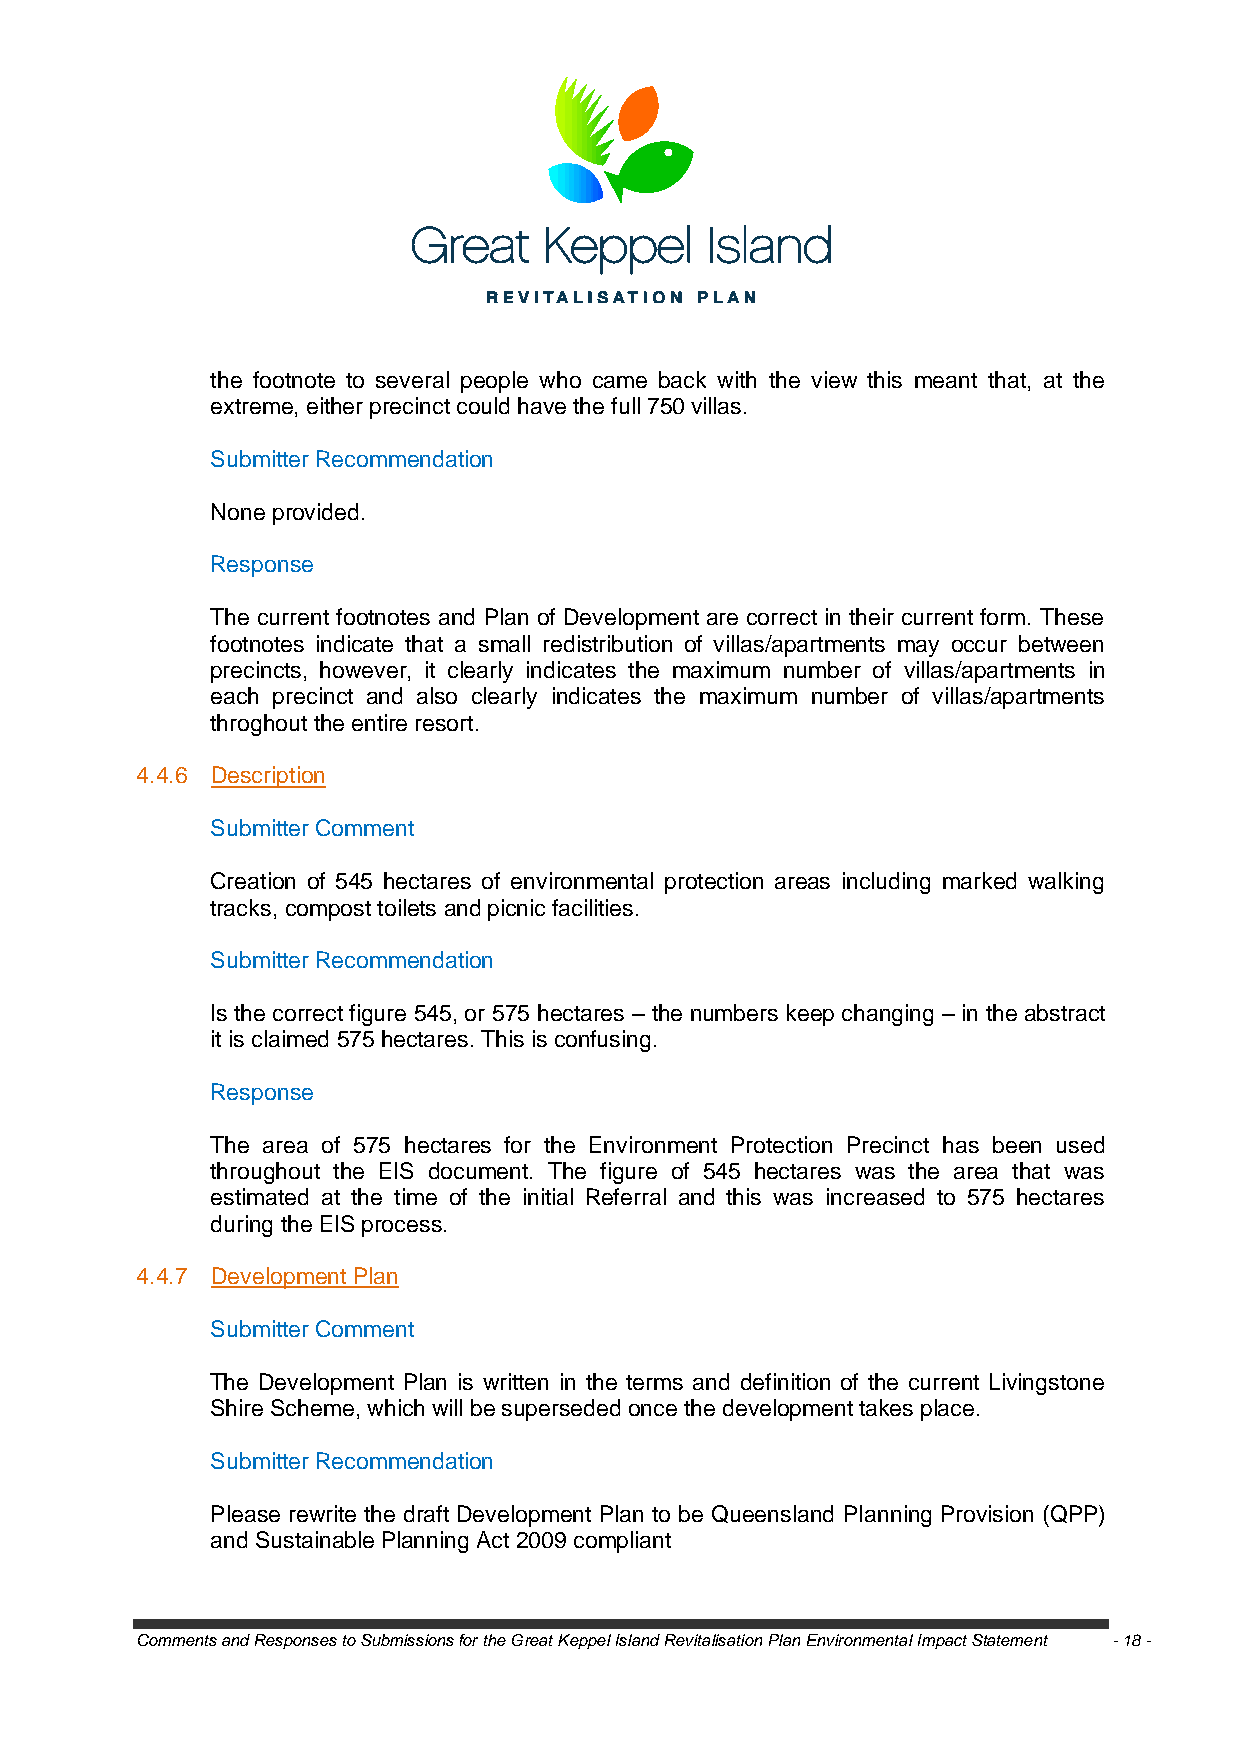
the footnote to several people who came back with the view this meant that, at the
 extreme, either precinct could have the full 750 villas.
 Submitter Recommendation
 None provided.
 Response
 The current footnotes and Plan of Development are correct in their current form. These
 footnotes indicate that a small redistribution of villas/apartments may occur between
 precincts, however, it clearly indicates the maximum number of villas/apartments in
 each precinct and also clearly indicates the maximum number of villas/apartments
 throghout the entire resort.
 4.4.6 Description
 Submitter Comment
 Creation of 545 hectares of environmental protection areas including marked walking
 tracks, compost toilets and picnic facilities.
 Submitter Recommendation
 Is the correct figure 545, or 575 hectares – the numbers keep changing – in the abstract
 it is claimed 575 hectares. This is confusing.
 Response
 The area of 575 hectares for the Environment Protection Precinct has been used
 throughout the EIS document. The figure of 545 hectares was the area that was
 estimated at the time of the initial Referral and this was increased to 575 hectares
 during the EIS process.
 4.4.7 Development Plan
 Submitter Comment
 The Development Plan is written in the terms and definition of the current Livingstone
 Shire Scheme, which will be superseded once the development takes place.
 Submitter Recommendation
 Please rewrite the draft Development Plan to be Queensland Planning Provision (QPP)
 and Sustainable Planning Act 2009 compliant
 Comments and Responses to Submissions for the Great Keppel Island Revitalisation Plan Environmental Impact Statement - 18 -